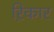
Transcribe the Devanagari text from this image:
ऱिकार